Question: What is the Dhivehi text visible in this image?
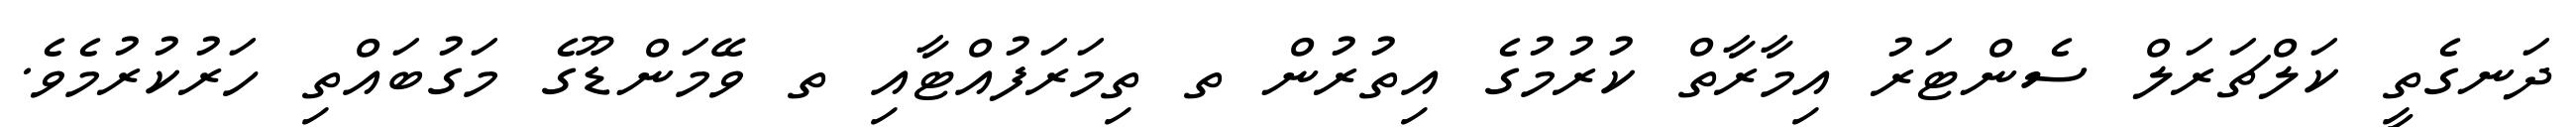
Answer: ދަނގެތީ ކަލްޗަރަލް ސެންޓަރު އިމާރާތް ކުރުމުގެ އިތުރުން ތ ތިމަރަފުއްޓާއި ތ ވޭމަންޑޫގެ މަގުބައްތި ހަރުކުރުމެވެ.